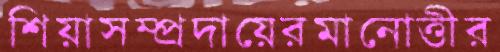
শিয়াসম্প্রদায়েরমানোত্তীর